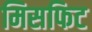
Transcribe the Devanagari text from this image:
मिसफिट